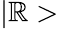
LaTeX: |\mathbb{R}>